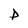
Character: P